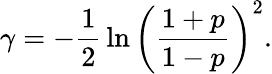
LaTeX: \gamma=-\frac{1}{2}\, \ln{\left(\frac{1+p}{1-p}\right)^{2}}.